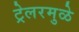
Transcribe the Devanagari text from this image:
ट्रेलरमुळे